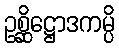
ဥစ္ဆိဋ္ဌောဒကမ္ပိ